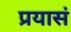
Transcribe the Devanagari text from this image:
प्रयासं